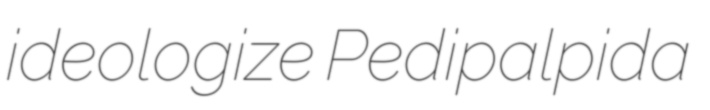
ideologize Pedipalpida